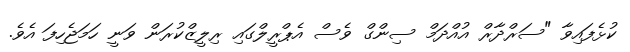
ކުޅެފައިވާ "ސަރްދާރް އުއްދަމް ސިންގް ވެސް އެޕްރީލްގައި ރިލީޒްކުރަން ވަނީ ހަމަޖެހިފަ އެވެ.